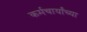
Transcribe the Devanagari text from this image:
कर्मचार्यांच्या